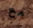
مع